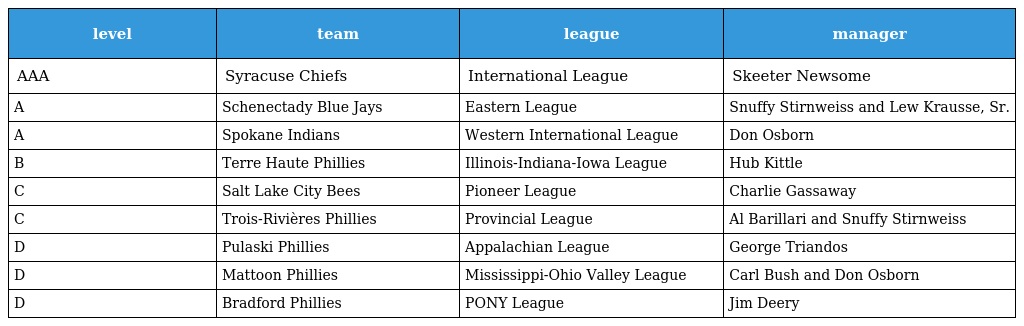
| level | team | league | manager |
 | --- | --- | --- | --- |
 | AAA | Syracuse Chiefs | International League | Skeeter Newsome |
 | A | Schenectady Blue Jays | Eastern League | Snuffy Stirnweiss and Lew Krausse, Sr. |
 | A | Spokane Indians | Western International League | Don Osborn |
 | B | Terre Haute Phillies | Illinois-Indiana-Iowa League | Hub Kittle |
 | C | Salt Lake City Bees | Pioneer League | Charlie Gassaway |
 | C | Trois-Rivières Phillies | Provincial League | Al Barillari and Snuffy Stirnweiss |
 | D | Pulaski Phillies | Appalachian League | George Triandos |
 | D | Mattoon Phillies | Mississippi-Ohio Valley League | Carl Bush and Don Osborn |
 | D | Bradford Phillies | PONY League | Jim Deery |